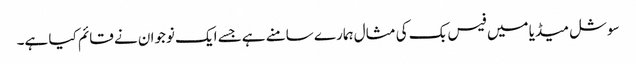
سوشل میڈیا میں فیس بک کی مثال ہمارے سامنے ہےجسے ایک نوجوان نے قائم کیا ہے۔